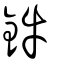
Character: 鈝